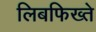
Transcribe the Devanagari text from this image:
लिबफिख्ते